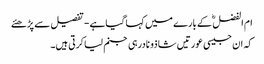
ام الفضل ؓ کے بارے میں کہا گیاہے- تفصیل سے پڑھئے
کہ ان جیسی عورتیں شاذو نادرہی جنم لیاکرتی ہیں۔